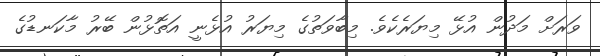
ވަރަށް މަދުން އުޅޭ މިޔަރެކެވެ. މިބާވަތުގެ މިޔަރު އުޅެނީ އަތޮޅުން ބޭރު މާކަނޑުގެ